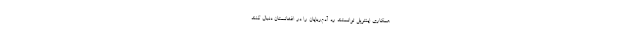
همکاری اینترپل توانستند رد آدم‌ربایان را در افغانستان دنبال کنند.